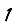
Digit: 1